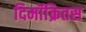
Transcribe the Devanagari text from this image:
दिमॉक्रितस